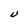
Character: U